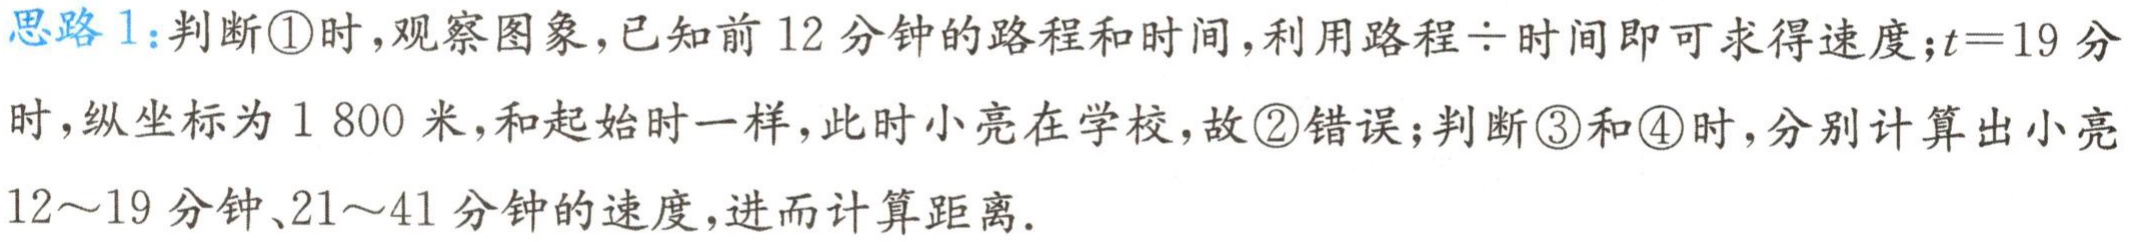
思路1:判断\textcircled{1}时,观察图象,已知前12分钟的路程和时间,利用路程$\div$时间即可求得速度；$t = 19$分时,纵坐标为$1800$米,和起始时一样,此时小亮在学校,故\textcircled{2}错误;判断\textcircled{3}和\textcircled{4}时,分别计算出小亮12～19分钟、21～41分钟的速度,进而计算距离.